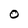
Character: O